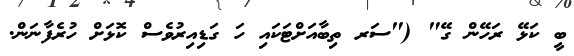
ބީ ކަޅޭ ރަހޭން ގޭ" ("ސަރ ތިބާއަށްޓަކައި ހަ ގަޑިއިރުވެސް ކޮޅަށް ހުރެފާނަން.